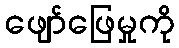
ဖျော်ဖြေမှုကို